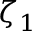
\zeta _ { 1 }